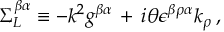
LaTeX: \Sigma _ { L } ^ { \beta \alpha } \equiv - k ^ { 2 } g ^ { \beta \alpha } \, + \, i \theta \epsilon ^ { \beta \rho \alpha } k _ { \rho } \, ,